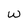
Character: w